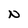
Character: N